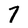
Character: 7